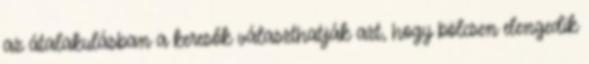
az átalakulásban a keresők választhatják azt, hogy bölcsen elengedik